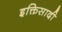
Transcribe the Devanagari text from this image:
इक्तिसादी